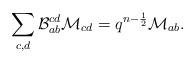
LaTeX: \begin{align*}\sum_{c,d}\mathcal{B}_{ab}^{cd}\mathcal{M}_{cd}=q^{n-\frac{1}{2}}\mathcal{M}_{ab}.\end{align*}